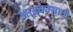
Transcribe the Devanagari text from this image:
आद्रकासाठी